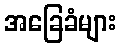
အခြေခံများ